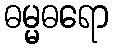
ဓမ္မဓရော